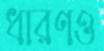
ধারণও